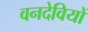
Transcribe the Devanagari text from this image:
वनदेवियों